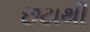
છટાથી